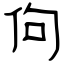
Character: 佝